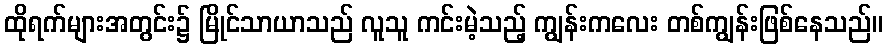
ထိုရက်များအတွင်း၌ မြိုင်သာယာသည် လူသူ ကင်းမဲ့သည့် ကျွန်းကလေး တစ်ကျွန်းဖြစ်နေသည်။